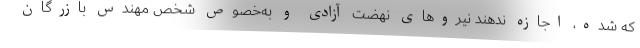
که شده، اجازه ندهند نیروهای نهضت آزادی و به‌خصوص شخص مهندس بازرگان